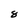
Character: 8